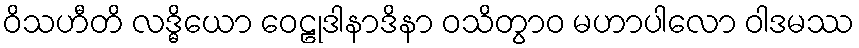
ဝိသဟီတိ လဒ္ဓိယော ဝေဠုဒါနာဒိနာ ဝသိတွာဝ မဟာပါလော ဝါဒမဿ